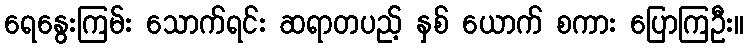
ရေနွေးကြမ်း သောက်ရင်း ဆရာတပည့် နှစ် ယောက် စကား ပြောကြဦး။